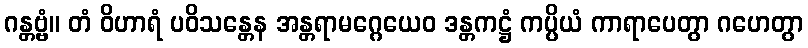
ဂန္တဗ္ဗံ။ တံ ဝိဟာရံ ပဝိသန္တေန အန္တရာမဂ္ဂေယေဝ ဒန္တကဋ္ဌံ ကပ္ပိယံ ကာရာပေတွာ ဂဟေတွာ